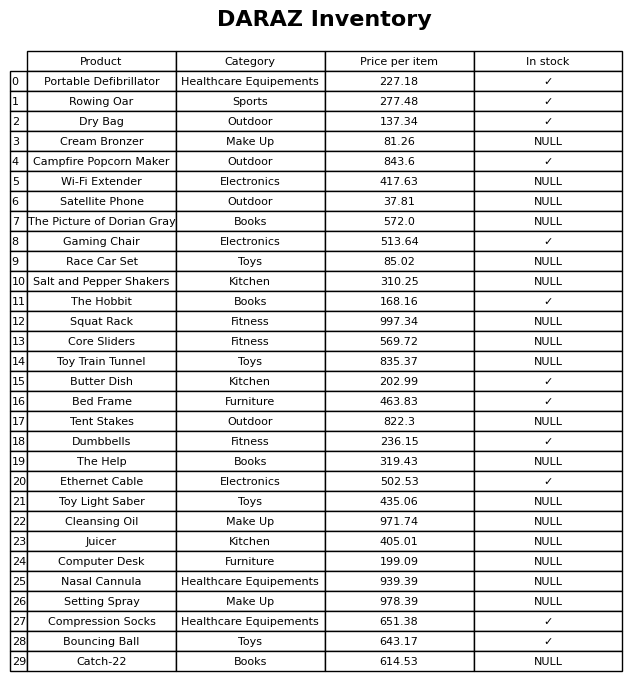
question: What is the price for Bed Frame?
answer: The price of Bed Frame is 463.83.